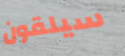
سيلقون